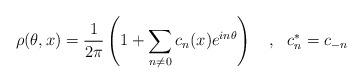
LaTeX: \begin{align*}\rho(\theta,x)=\frac{1}{2\pi}\left( 1+ \sum_{n\neq 0}c_n(x)e^{in\theta}\right)~~~,~~c_n^*=c_{-n}\end{align*}